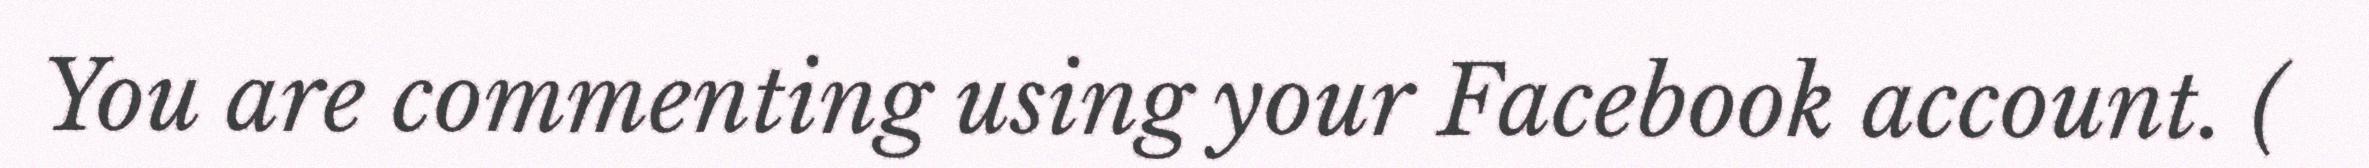
You are commenting using your Facebook account. (